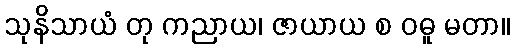
သုနိသာယံ တု ကညာယ၊ ဇာယာယ စ ဝဓူ မတာ။